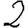
Digit: 2